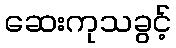
ဆေးကုသခွင့်